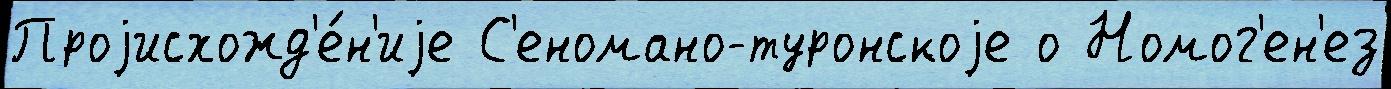
Проjисхожд'е́н'иjе С'еномано-туронскоjе о Номог'ен'ез